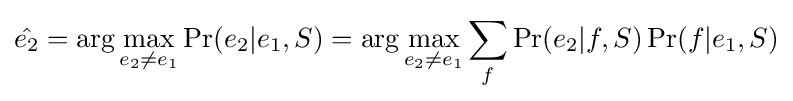
{\hat {e_{2}}}={\text{arg}}\max _{e_{2}\neq e_{1}}\Pr(e_{2}|e_{1},S)={\text{arg}}\max _{e_{2}\neq e_{1}}\sum _{f}\Pr(e_{2}|f,S)\Pr(f|e_{1},S)